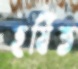
হর্ষিত